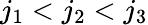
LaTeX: j_{1}<j_{2}<j_{3}